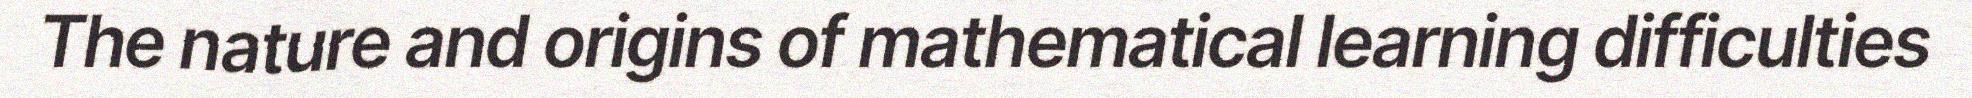
The nature and origins of mathematical learning difficulties